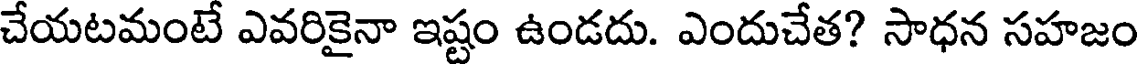
చేయటమంటే ఎవరికైనా ఇష్టం ఉండదు. ఎందుచేత? సాధన సహజం